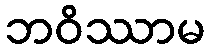
ဘဝိဿာမ